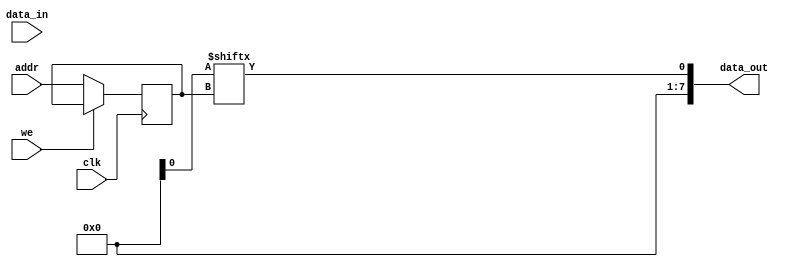
module ram(
    input [7:0] data_in,
    input [5:0] addr,
    input we,
    input clk,
    output [7:0] data_out
);

reg [7:0] RAM [63:0];
reg [5:0] addr_reg;

always @(posedge clk)
begin
    if (we)
        RAM[addr] <= data_in;
    else
        addr_reg = addr; 
end

assign data_out = ram[addr_reg];
endmodule